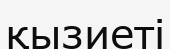
қызиеті